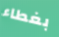
بغطاء